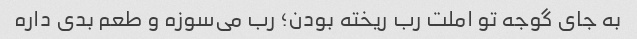
به جای گوجه تو املت رب ریخته بودن؛ رب می‌سوزه و طعم بدی داره